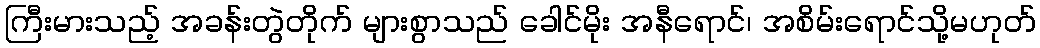
ကြီးမားသည့် အခန်းတွဲတိုက် များစွာသည် ခေါင်မိုး အနီရောင်၊ အစိမ်းရောင်သို့မဟုတ်